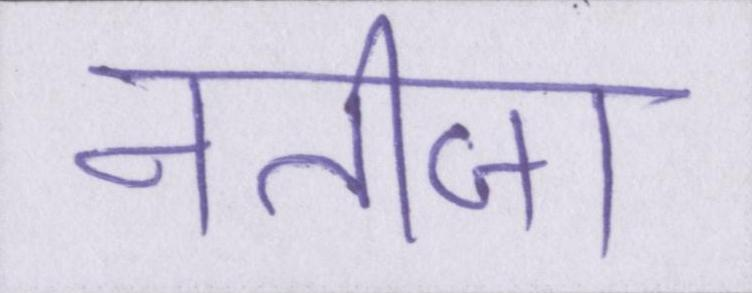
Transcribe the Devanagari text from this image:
नतीजा